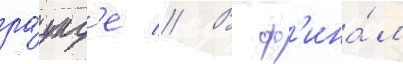
ра́унд'е // В ф'ина́л